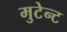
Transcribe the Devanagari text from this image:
मुटेन्ट